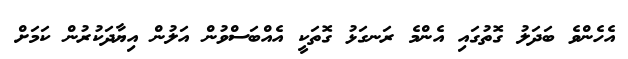
އެހެންވެ ބަދަލު ގޮތުގައި އެންމެ ރަނގަޅު ގޮތަކީ އެއްބަސްވުން އަލުން އިޔާދަކުރުން ކަމަށް